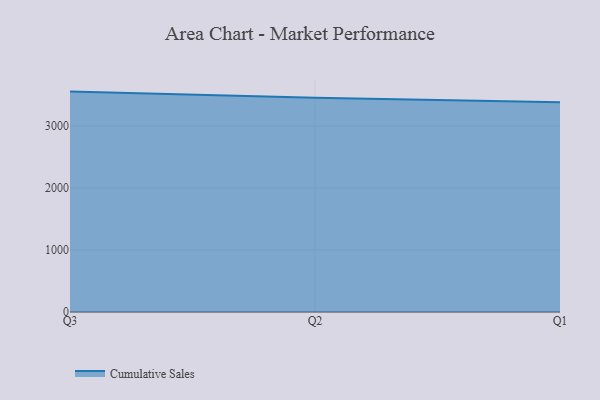
{"axis": {"x": "Quarter", "y": "Website Visitors"}, "legend": ["Cumulative Sales"], "data": [{"x": "Q3", "y": 3554.4, "type": "Cumulative Sales"}, {"x": "Q2", "y": 3455.0, "type": "Cumulative Sales"}, {"x": "Q1", "y": 3382.8, "type": "Cumulative Sales"}]}